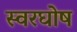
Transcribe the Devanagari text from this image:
स्वरघोष